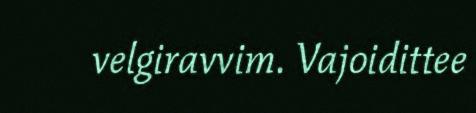
velgiravvim. Vajoidittee